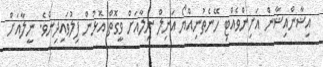
އިޝާންއިޝާން އަށިންވެއްޓި ހޭނެތުނިއްޔޯ އަނިލް ނީލާއަށް ވީގޮތް އޮޅުން ފިލުވައިދިނެވެ. ނީލާއަށް